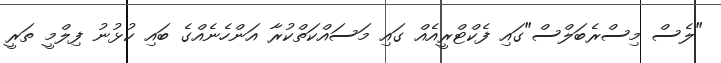
"ލެސް މިސްރެބަލްސް"ގައި ފެކްޓްރީއެއް ގައި މަސައްކަތްކުރާ އަންހެނެއްގެ ބައި ކުޅުނު ފިލްމީ ތަރީ